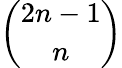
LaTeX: \binom{2n-1}{n}